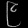
Digit: ၉